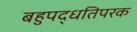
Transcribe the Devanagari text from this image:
बहुपद्धतिपरक